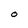
Character: O